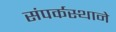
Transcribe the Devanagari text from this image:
संपर्कस्थाने